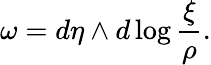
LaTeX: \omega=d\eta\wedge d\log\frac{\xi}{\rho}.